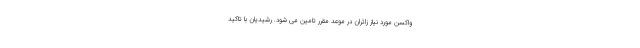
واکسن مورد نیاز زائران در موعد مقرر تامین می شود. رشیدیان با تاکید